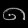
Digit: ၈